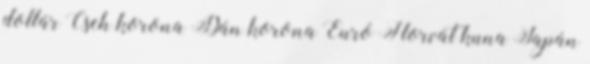
dollár Cseh korona Dán korona Euró Horvát kuna Japán